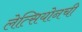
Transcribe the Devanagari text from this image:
लेत्सियोनची